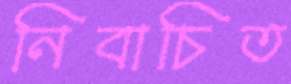
নিবাচিত